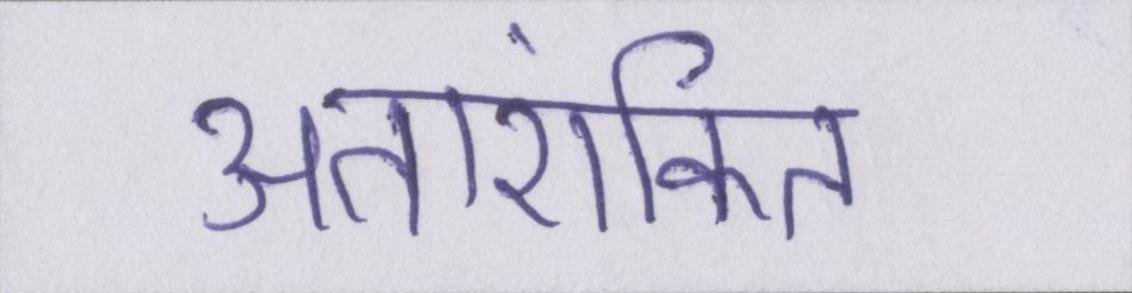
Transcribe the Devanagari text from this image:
अतारांकित